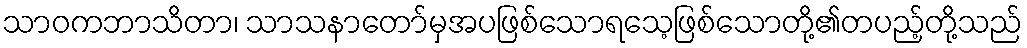
သာဝကဘာသိတာ၊ သာသနာတော်မှအပဖြစ်သောရသေ့ဖြစ်သောတို့၏တပည့်တို့သည်